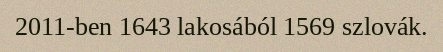
2011-ben 1643 lakosából 1569 szlovák.